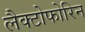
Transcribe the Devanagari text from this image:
लैक्टोफोरिन